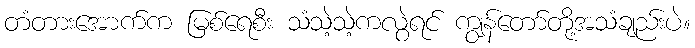
တံတားအောက်က မြစ်ရေစီး သံသဲ့သဲ့ကလွဲရင် ကျွန်တော်တို့အသံချည်းပဲ။